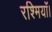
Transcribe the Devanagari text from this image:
रश्मियाँ।